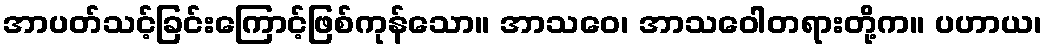
အာပတ်သင့်ခြင်းကြောင့်ဖြစ်ကုန်သော။ အာသဝေ၊ အာသဝေါတရားတို့က။ ပဟာယ၊